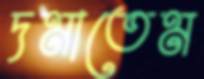
দমাতেম